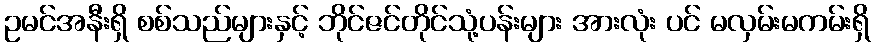
ဥမင်အနီးရှိ စစ်သည်များနှင့် ဘိုင်ဇင်တိုင်သုံ့ပန်းများ အားလုံး ပင် မလှမ်းမကမ်းရှိ